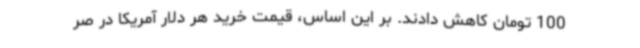
100 تومان کاهش دادند. بر این اساس، قیمت خرید هر دلار آمریکا در صر